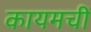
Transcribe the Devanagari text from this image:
कायमचीं